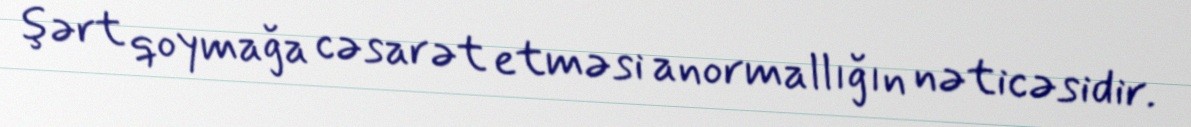
şərt qoymağa cəsarət etməsi anormallığın nəticəsidir.